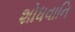
શોધવાનિ